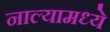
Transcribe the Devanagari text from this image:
नाल्यामध्ये